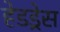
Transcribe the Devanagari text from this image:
हेडड्रेस